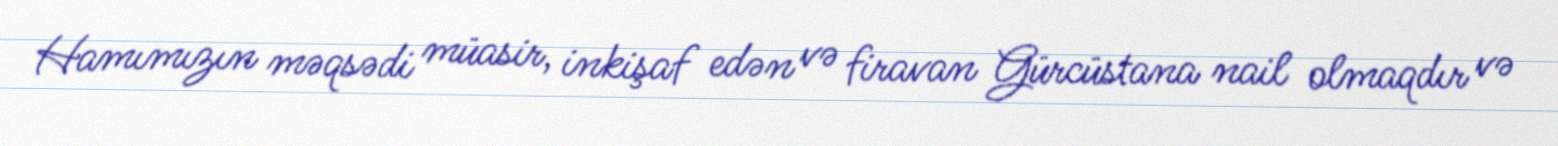
Hamımızın məqsədi müasir, inkişaf edən və firavan Gürcüstana nail olmaqdır və